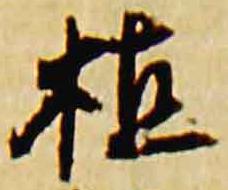
植